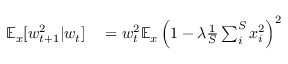
\begin{array} { r l } { \mathbb { E } _ { x } [ w _ { t + 1 } ^ { 2 } | w _ { t } ] } & { { } = w _ { t } ^ { 2 } \mathbb { E } _ { x } \left( 1 - \lambda \frac { 1 } { S } \sum _ { i } ^ { S } x _ { i } ^ { 2 } \right) ^ { 2 } } \end{array}